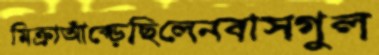
মিক্রাআঁক্‌ড়েছিলেনবাসগুল